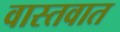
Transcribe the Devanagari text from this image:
वास्‍तवात